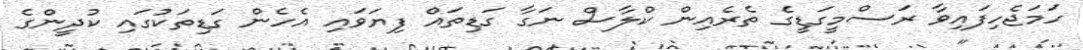
ހަމަޖެހިފައިވާ ރަސްމީގަޑީގެ ތެރެއިން ކްލާސް ނަގާ ގަޑިތައް ފިޔަވައި އެހެން ގަޑިތަކުގައި ކުދީންގެ